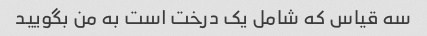
سه قیاس که شامل یک درخت است به من بگویید